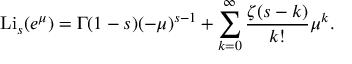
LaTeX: \operatorname { L i } _ { s } ( e ^ { \mu } ) = \Gamma ( 1 - s ) ( - \mu ) ^ { s - 1 } + \sum _ { k = 0 } ^ { \infty } { \frac { \zeta ( s - k ) } { k ! } } \mu ^ { k } .